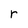
Character: r